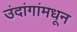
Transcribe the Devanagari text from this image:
उंदांगांमधून